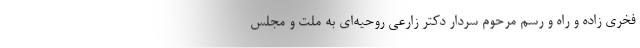
فخری زاده و راه و رسم مرحوم سردار دکتر زارعی روحیه‌ای به ملت و مجلس